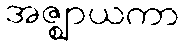
အဇ္ဈာယကာ